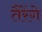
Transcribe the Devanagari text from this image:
तैरेंगे